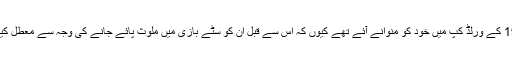
وہ 1982 کے ورلڈ کپ میں خود کو منوانے آئے تھے کیوں کہ اس سے قبل ان کو سٹے بازی میں ملوث پائے جانے کی وجہ سے معطل کیا گیا تھا۔